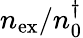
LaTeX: n_{\mathrm{ex}}/n_{0}^{\dagger}